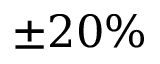
\pm 2 0 \%